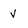
Character: v